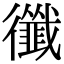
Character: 𢖝